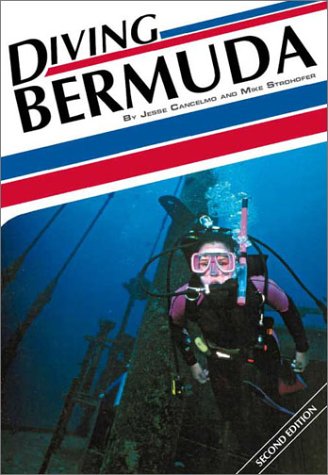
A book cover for Diving Bermuda (Aqua Quest Diving); Jesse Cancelmo; Travel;